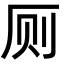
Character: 厕